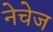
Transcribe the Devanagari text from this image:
नेचेज